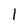
Character: I